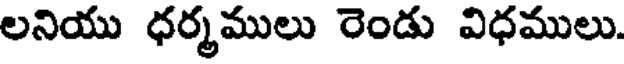
లనియు ధర్మములు రెండు విధములు.